Statistical return of the lunatic asylum in Assam - 1912-1932
Year: 1912
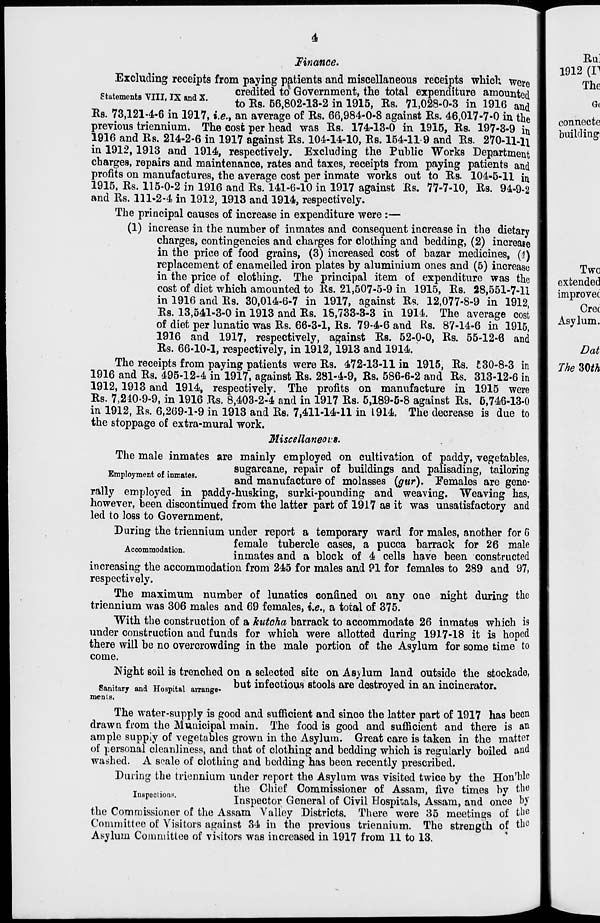
4
Mnance.
Excluding receipts from paying patients and miscellaneous receipts which were
c* *
4 ITTTT TXT iv
credited to Government, the total expenditure amounted
statements vin, ix and X.
to Ks. 56,802-13-2 in 1915, Bs. 71,028-0-3 in 1916 and
Rs. 73,121-4-6 in 1917, i.e., an average of Rs. 66,984-0-8 against Rs. 46,017-7-0 in the
previous triennium. The cose per head was Rs. 174-13-0 in 1915, Rs. 197-3-9 in
1916 and Rs. 214-2-6 in 1917 against Rs. 104-14-10, Rs. 154-11 9 and Rs. 270-11-U
in 1912,1913 and 1914, respectively. Excluding the Public Works Department
charges, repairs and maintenance, rates and taxes, receipts from paying patients and
profits on manufactures, the average cost per inmate works out to Rs. 104-5-11 in
1915, Rs. 115-0-2 in 1916 and Rs. 141-6-10 in 1917 against Rs. 77-7-10, Rs. 94-9-2
and Rs. 111-2-4 in 1912, 1913 and 1914, respectively.
The principal causes of increase in expenditure were :—
(1) increase in the number of inmates and consequent increase in the dietary
charges, contingencies and charges for clothing and bedding, (2) increase
in the price of food grains, (3) increased cost of bazar medicines, (4)
replacement of enamelled iron plates by aluminium ones and (5) increase
in the price of clothing. The principal item of expenditure was the
cost of diet which amounted to Rs. 21,507-5-9 in 1915, Rs. 28,551-7-11
in 1916 and Rs. 30,014-6-7 in 1917, against Rs. 12,077-8-9 in 1912,
Rs. 13,541-3-0 in 1913 and Rs. 18,733-3-3 in 1914. The average cost
of diet per lunatic was Rs. 66-3-1, Rs. 79-4-6 and Rs. 87-14-6 in 1915,
1916 and 1917, respectively, against Rs. 52-0-0, Rs. 55-12-6 and
Rs. 66-10-1, respectively, in 1912,1913 and 1914.
The receipts from paying patients were Rs. 472-13-11 in 1915, Rs. 130-8-3 in
1916 and Rs. 495-12-4 in 1917", against Rs. 281-4-9, Rs. 586-6-2 and Rs. 313-12-6 in
1912, 1913 and 1914, respectively. The profits on manufacture in 1915 were
Rs. 7,210-9-9, in 1916 Rs. 8,403-2-4 and in 1917 Rs. 5,189-5-8 against Rs. 5,746-13-0
in 1912, Rs. 6,269-1-9 in 1913 and Rs. 7,411-14-11 in 1914. The decrease is due to
the stoppage of extra-mural work.
Miscellaneous.
The male inmates are mainly employed on cultivation of paddy, vegetables,
_ .
sugarcane, repair of buildings and palisading, tailoring
mpoymen o mma es.
and manufacture of molasses (gur). Females are gene-
rally employed in paddy-husking, surki-pounding and weaving. Weaving has,
however, been discontinued from the latter part of 1917 as it was unsatisfactory and
led to loss to Government.
During the triennium under report a temporary ward for males, another for 6
female tubercle cases, a pucca barrack for 26 male
inmates and a block of 4 cells have been constructed
increasing the accommodation from 245 for males and PI for females to 289 and 97,
respectively.
The maximum number of lunatics confined on any one night during the
triennium was 306 males and 69 females, i.e., a total of 375.
With the construction of a kutoha barrack to accommodate 26 inmates which is
under construction and funds for which were allotted during 1917-18 it is hoped
there will be no overcrowding in the male portion of the Asylum for some time to
come.
Night soil is trenched on a selected site on Asvlum land outside the stockade,
Sanitary and Hospital arrange- but infectious stools are destroyed in an incinerator.
ments.
The water-supply is good and sufficient and since the latter part of 1917 has been
drawn from the Municipal main. The food is good and sufficient and there is an
ample supply of vegetables grown in the Asylum. Great care is taken in the matter
of personal cleanliness, and that of clothing and bedding which is regularly boiled and
washed. A scale of clothing and bedding has been recently prescribed.
During the triennium under report the Asylum was visited twice by the Hon'hle
. u
the Chief Commissioner of Assam, five times by tbti
nspecionn.
Inspector General of Civil Hospitals, Assam, and once by
the Commissioner of the Assam Valley Districts. There were 35 meetings of the
Committee of Visitors against 34 in the previous triennium. The strength of tli°
Asylum Committee of visitors was increased in 1917 from 11 to 13.